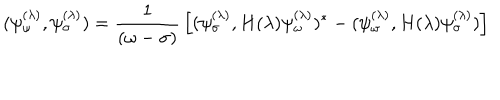
LaTeX: ( \psi _ { \omega } ^ { ( \lambda ) } , \psi _ { \sigma } ^ { ( \lambda ) } ) = { \frac { 1 } { ( \omega - \sigma ) } } \left[ ( \psi _ { \sigma } ^ { ( \lambda ) } , H ( \lambda ) \psi _ { \omega } ^ { ( \lambda ) } ) ^ { * } - ( \psi _ { \omega } ^ { ( \lambda ) } , H ( \lambda ) \psi _ { \sigma } ^ { ( \lambda ) } ) \right] ~ ~ ~